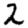
Digit: 2